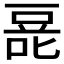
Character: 𰇿